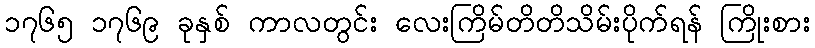
၁၇၆၅ ၁၇၆၉ ခုနှစ် ကာလတွင်း လေးကြိမ်တိတိသိမ်းပိုက်ရန် ကြိုးစား